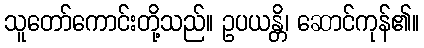
သူတော်ကောင်းတို့သည်။ ဥပယန္တိ၊ ဆောင်ကုန်၏။